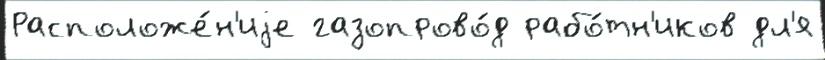
Расположе́н'иjе газопрово́д рабо́тн'иков дл'я